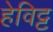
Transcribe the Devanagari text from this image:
हेविट्ट